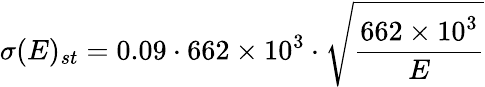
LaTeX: \sigma(E)_{st}=0.09\cdot 662\times 10^{3}\cdot\sqrt{\frac{662\times 10^{3}}{E}}